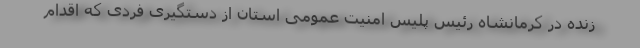
زنده در کرمانشاه رئیس پلیس امنیت عمومی استان از دستگیری فردی که اقدام